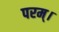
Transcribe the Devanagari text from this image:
परम्‌।